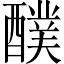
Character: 醭